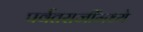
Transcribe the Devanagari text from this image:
पर्वतराजींमध्ये